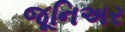
જૂનિઅર